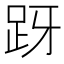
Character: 𬦤